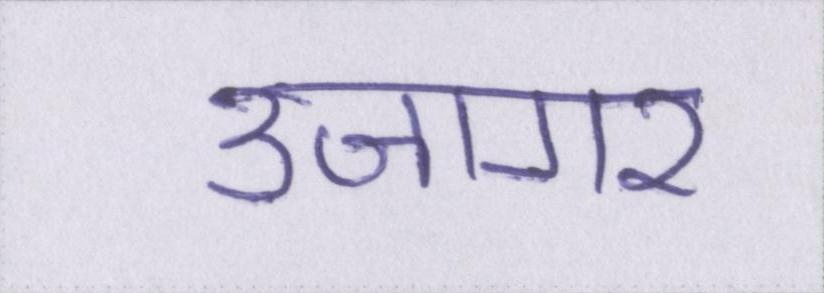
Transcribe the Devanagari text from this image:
उजागर